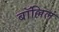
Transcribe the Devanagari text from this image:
बॉल्लिलं